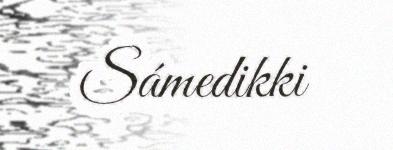
Sámedikki